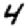
Digit: 4